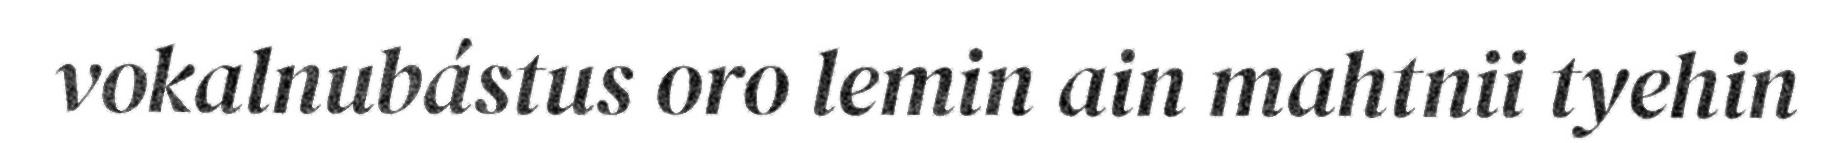
vokalnubástus oro lemin ain mahtnii tyehin